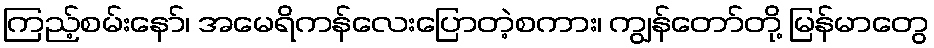
ကြည့်စမ်းနော်၊ အမေရိကန်လေးပြောတဲ့စကား၊ ကျွန်တော်တို့ မြန်မာတွေ